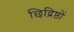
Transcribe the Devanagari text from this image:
छिद्रिष्ठों